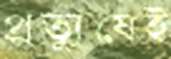
প্রত্যুষেই